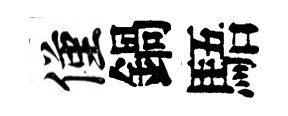
僅鍋䮏